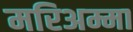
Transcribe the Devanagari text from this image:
मरिअम्मा